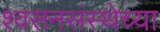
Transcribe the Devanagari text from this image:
श्वसनसंस्थेच्या